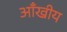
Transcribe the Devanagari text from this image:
आँखीय